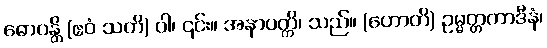
ဓောဝန္တိ (ဧဝံ သတိ) ဝါ၊ ၎င်း။ အနာပတ္တိ၊ သည်။ (ဟောတိ) ဥမ္မတ္တကာဒီနံ၊